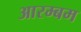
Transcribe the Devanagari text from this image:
आरम्बम